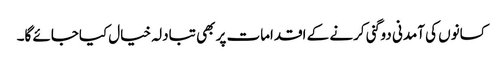
کسانوں کی آمدنی دوگنی کرنے کے اقدامات پر بھی تبادلہ خیال کیاجائے گا۔